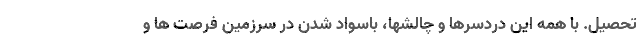
تحصیل. با همه این دردسرها و چالشها، باسواد شدن در سرزمین فرصت ها و